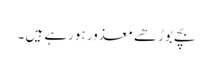
بچے بوڑھے معذور ہورہے ہیں ۔